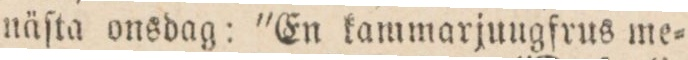
näſta onsdag: ”En kammarjuugfrus me=